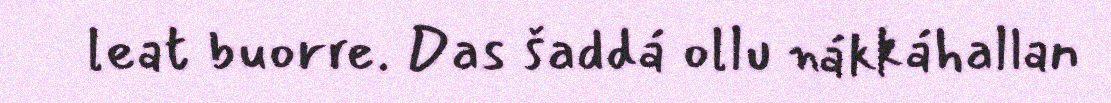
leat buorre. Das šaddá ollu nákkáhallan